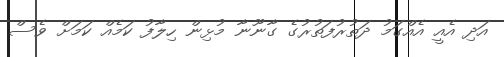
އަދި އެއީ އެއްގަމު ދަތުރުފަތުރުގެ ގާނޫނާ މުޅިން ހިލާފު ކަމެއް ކަމަށް ވެސް